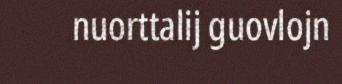
nuorttalij guovlojn